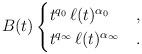
LaTeX: \begin{align*}B(t)\begin{cases}t^{q_0}\,\ell(t)^{\alpha_0}&,\\t^{q_\infty}\,\ell(t)^{\alpha_\infty}&.\end{cases}\end{align*}